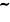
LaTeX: \, \tilde{}\,